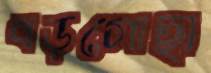
বড়গোছা